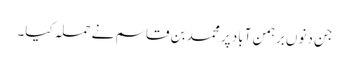
جن دنوں برہمن آباد پر محمد بن قاسم نے حملہ کیا۔